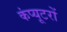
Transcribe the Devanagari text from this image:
कंप्‍यूटरों